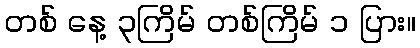
တစ် နေ့ ၃ကြိမ် တစ်ကြိမ် ၁ ပြား။